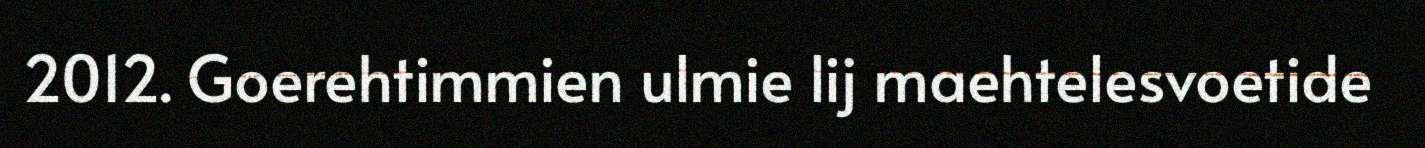
2012. Goerehtimmien ulmie lij maehtelesvoetide